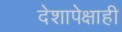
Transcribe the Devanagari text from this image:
देशापेक्षाही